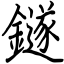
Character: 鐩